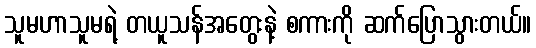
သူမဟာသူမရဲ့ တယူသန်အတွေးနဲ့ စကားကို ဆက်ပြောသွားတယ်။